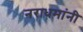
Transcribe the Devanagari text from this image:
नराधमांनी